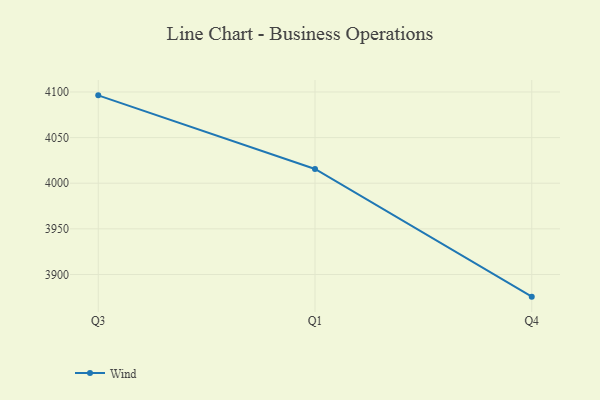
{"axis": {"x": "Quarter", "y": "Waste Production (Tons)"}, "legend": ["Wind"], "data": [{"x": "Q3", "y": 4096.3, "type": "Wind"}, {"x": "Q1", "y": 4015.6, "type": "Wind"}, {"x": "Q4", "y": 3875.7, "type": "Wind"}]}